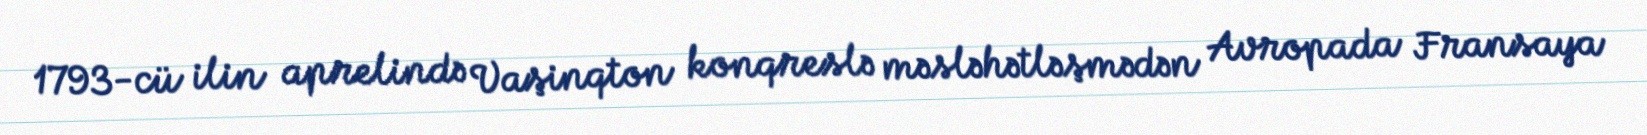
1793-cü ilin aprelində Vaşinqton konqreslə məsləhətləşmədən Avropada Fransaya